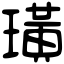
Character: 璜